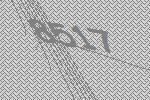
8517